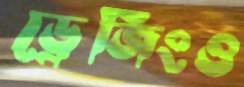
ড্রেজিংও